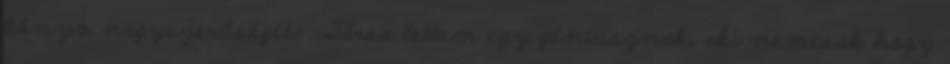
könyv nagyszerűségét: ,,Társa lettem egy géniusznak, aki nemcsak hogy